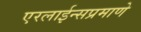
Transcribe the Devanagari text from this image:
एरलाईन्सप्रमाणे